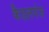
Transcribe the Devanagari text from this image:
कैडलगंज